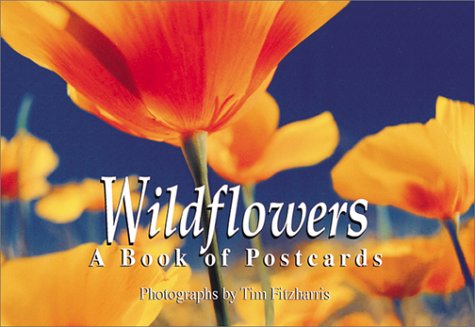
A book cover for Wildflowers: A book of postcards (Firefly Postcard Book); Crafts, Hobbies & Home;